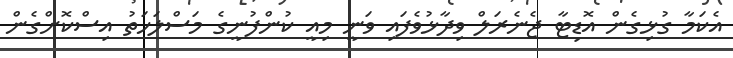
އެކަމާ ގުޅިގެން އޮޑިޓާ ޖެނެރަލް ވިދާޅުވެފައި ވަނީ މިއީ ކުންފުނީގެ މަސްލަހަތު އިސްކޮށްގެން